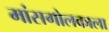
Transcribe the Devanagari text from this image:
मांसगोलकाला